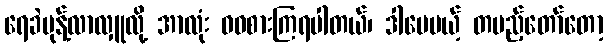
ရေခဲမုန့်လာလှူလို့ အာလုံး ဝဝစားကြရပါတယ်၊ ဒါပေမယ့် တပည့်တော်တော့